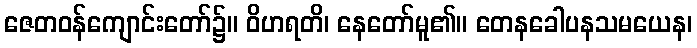
ဇေတဝန်ကျောင်းတော်၌။ ဝိဟရတိ၊ နေတော်မူ၏။ တေနခေါပနသမယေန၊